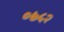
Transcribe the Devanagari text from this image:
०७५२